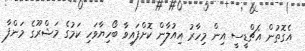
އެގޮތުން އެޗްޑީސީ އިން މިހާރު އިއުލާން ކޮށްފައިވާ ބޯހިޔާވަހި ކަމުގެ މަޝްރޫގެ މަންފާ